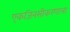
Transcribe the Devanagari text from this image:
एकजिनसीकरणाला